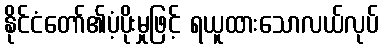
နိုင်ငံတော်၏ပံ့ပိုးမှုဖြင့် ရယူထားသောလယ်လုပ်